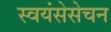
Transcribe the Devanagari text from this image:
स्वयंसेसेचन